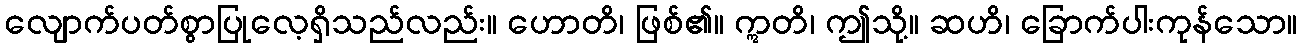
လျောက်ပတ်စွာပြုလေ့ရှိသည်လည်း။ ဟောတိ၊ ဖြစ်၏။ ဣတိ၊ ဤသို့။ ဆဟိ၊ ခြောက်ပါးကုန်သော။